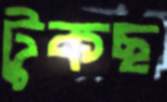
টুকছ